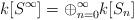
LaTeX: \begin{align*} k[S^\infty]=\oplus_{n=0}^{\infty}k[S_n] \end{align*}